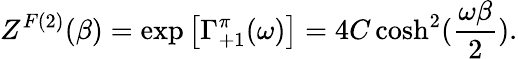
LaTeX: Z^{F(2)}(\beta)=\exp\left[\Gamma_{+1}^{\pi}(\omega)\right]=4C\cosh^{2}({\frac{\omega\beta}{2}}).